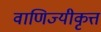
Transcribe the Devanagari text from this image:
वाणिज्यीकृत्त